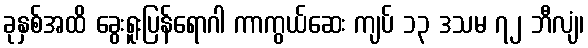
ခုနှစ်အထိ ခွေးရူးပြန်ရောဂါ ကာကွယ်ဆေး ကျပ် ၁၃ ဒသမ ၇၂ ဘီလျံ၊